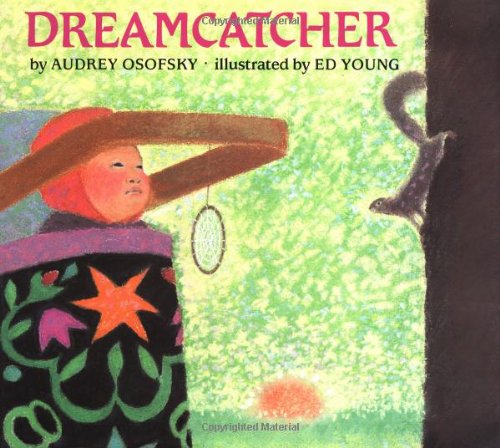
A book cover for Dreamcatcher; Audrey Osofsky; Children's Books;